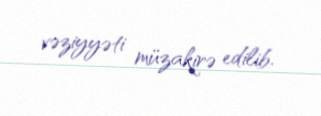
vəziyyəti müzakirə edilib.